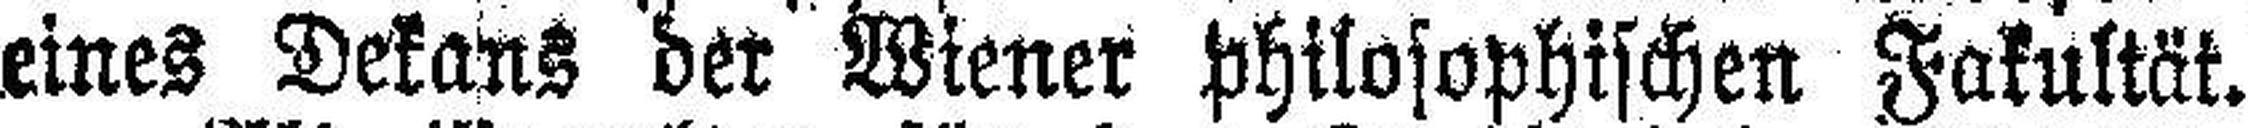
eines Dekans der Wiener philosophischen Fakultät.